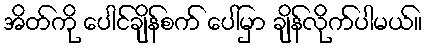
အိတ်ကို ပေါင်ချိန်စက် ပေါ်မှာ ချိန်လိုက်ပါမယ်။